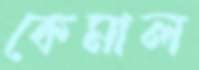
কেমাল